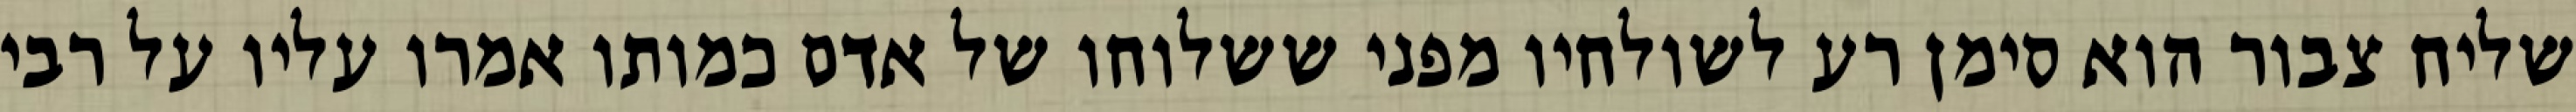
שליח צבור הוא סימן רע לשולחיו מפני ששלוחו של אדם כמותו אמרו עליו על רבי